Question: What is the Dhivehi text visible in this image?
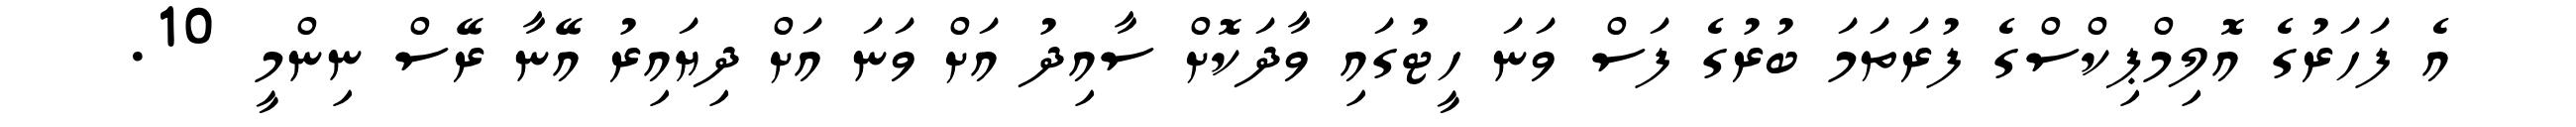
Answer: އެ ފަހަރުގެ އޮލިމްޕިކްސްގެ ފުރަތަމަ ބުރުގެ ފަސް ވަނަ ހީޓުގައި ވާދަކޮށް ސާއިދު އަށް ވަނަ އަށް ދިޔައިރު އޭނާ ރޭސް ނިންމީ 10.